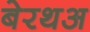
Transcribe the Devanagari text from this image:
बेरथअ